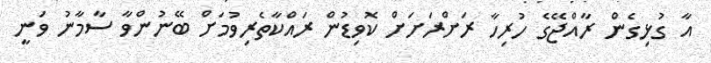
އާ ގުޅިގެން ރާއްޖޭގެ ހުރިހާ ރަށްރަށަށް ކޮވިޑުން ރައްކާތެރިވުމަށް ބޭނުންވާ ސާމާނު ވަނީ